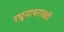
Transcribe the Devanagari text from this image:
रघुनाथरावही